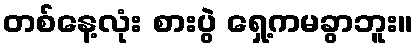
တစ်နေ့လုံး စားပွဲ ရှေ့ကမခွာဘူး။